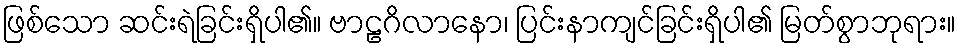
ဖြစ်သော ဆင်းရဲခြင်းရှိပါ၏။ ဗာဠဂိလာနော၊ ပြင်းနာကျင်ခြင်းရှိပါ၏ မြတ်စွာဘုရား။